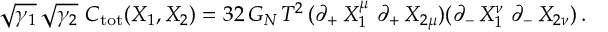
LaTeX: \sqrt { \gamma _ { 1 } } \, \sqrt { \gamma _ { 2 } } \ C _ { \mathrm { t o t } } ( X _ { 1 } , X _ { 2 } ) = 3 2 \, G _ { N } \, T ^ { 2 } \, ( \partial _ { + } \, X _ { 1 } ^ { \mu } \ \partial _ { + } \, X _ { 2 \mu } ) ( \partial _ { - } \, X _ { 1 } ^ { \nu } \ \partial _ { - } \, X _ { 2 \nu } ) \, .